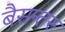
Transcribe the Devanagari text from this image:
बैसन्तरु